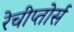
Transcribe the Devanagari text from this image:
रेचीप्तोर्स